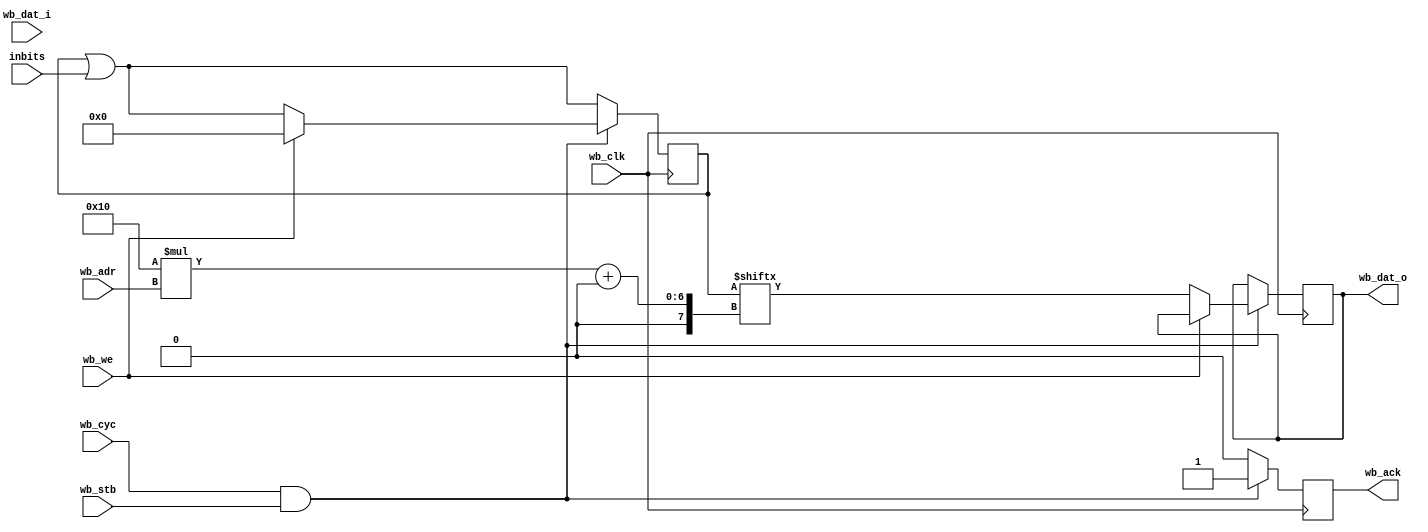
`timescale 1ns / 1ps
//////////////////////////////////////////////////////////////////////////////////
// Company: 		 ITEP
// 
// Design Name: 	 chanfpga
// Module Name:    capreg 
// Project Name: 	 wfd125
// Revision 0.01 - File Created
// Additional Comments: 
//		Captures active bits on input and allows reading from WB
//		Any write causes clear of all bits
//
//////////////////////////////////////////////////////////////////////////////////
module capreg # (
	parameter	ADRBITS = 1
	)
	(
   input 		[15:0]				wb_dat_i,
   output reg	[15:0] 				wb_dat_o,
   input 								wb_we,
   input 								wb_clk,
   input 								wb_cyc,
   output reg 							wb_ack,
   input 								wb_stb,
	input [ADRBITS-1:0]				wb_adr,
   input [16*(2**ADRBITS)-1:0] 	inbits
   );

	reg [16*(2**ADRBITS)-1:0]		capture;		// capture register
	
	always @ (posedge wb_clk) begin
		// capture
		capture <= capture | inbits; 
		// WB
		wb_ack <= 0;
		if (wb_cyc & wb_stb) begin
			wb_ack <= 1;
			if (wb_we) begin
				// reset on writes
				capture <= 0;
			end else begin
				// give out data on reads
				wb_dat_o <= capture[16*wb_adr +:16];
			end
		end
	end

endmodule